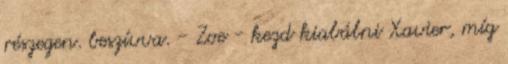
részegen. beszívva. - Zoe - kezd kiabálni Xavier, míg